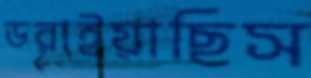
ডরাইয়াছিস